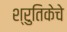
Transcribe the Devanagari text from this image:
श्रुतिकेचे